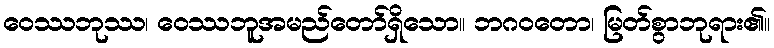
ဝေဿဘုဿ၊ ဝေဿဘူအမည်တော်ရှိသော။ ဘဂဝတော၊ မြတ်စွာဘုရား၏။